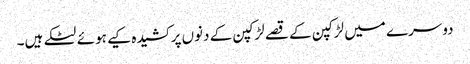
دوسرے میں لڑکپن کے قصے لڑکپن کے دنوں پر کشیدہ کیے ہوئے لٹکے ہیں۔